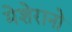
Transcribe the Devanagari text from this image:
मेशेरानो